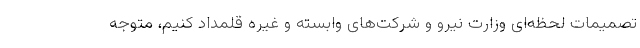
تصمیمات لحظه‌ای وزارت نیرو و شرکت‌های وابسته و غیره قلمداد کنیم، متوجه